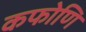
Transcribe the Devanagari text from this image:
कफोणि